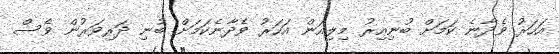
އަހަރު ވެދާނެ ކަމަށް ބުނިއިރު މިލިއަން އަހަރު ވެދާނެކަމަށް ބުނި ދަރިވަރުން ވެސް